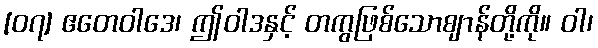
[၀၇] ဧတေဝါဒေ၊ ဤဝါဒနှင့် တကွဖြစ်သောဈာန်တို့ကို။ ဝါ၊